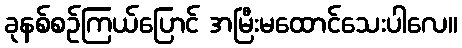
ခုနစ်စဉ်ကြယ်ပြောင် အမြီးမထောင်သေးပါလေ။